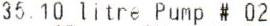
35.10 LITRE PUMP # 02